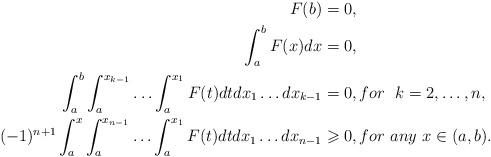
LaTeX: \begin{align*} F(b)&=0, \\ \int_a^b F(x)dx & =0,\\\int_a^b \int_a^{x_{k-1}} \ldots \int_a^{x_1} F(t)dtdx_1\ldots dx_{k-1}&=0, for\ \ k=2,\ldots ,n,\\ (-1)^{n+1}\int_a^x \int_a^{x_{n-1}} \ldots \int_a^{x_1} F(t)dtdx_1\ldots dx_{n-1}&\geqslant 0,for \ any \ x\in(a,b). \end{align*}